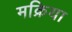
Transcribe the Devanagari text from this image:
मक्रिया